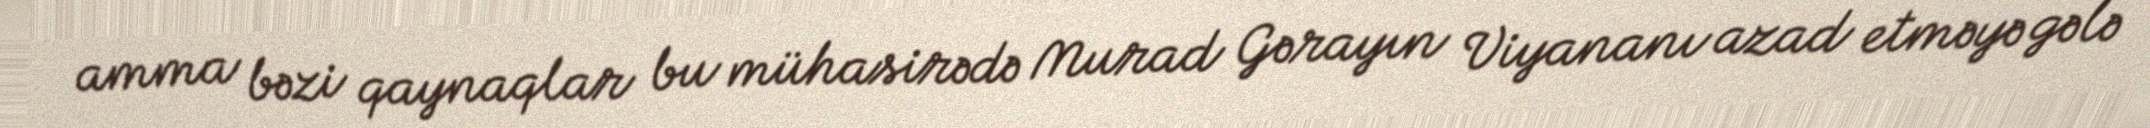
amma bəzi qaynaqlar bu mühasirədə Murad Gərayın Viyananı azad etməyə gələ